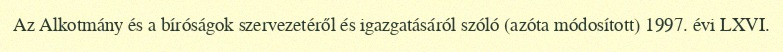
Az Alkotmány és a bíróságok szervezetéről és igazgatásáról szóló (azóta módosított) 1997. évi LXVI.